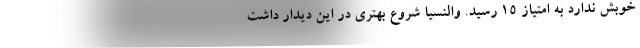
خوبش ندارد به امتیاز ۱۵ رسید. والنسیا شروع بهتری در این دیدار داشت